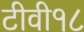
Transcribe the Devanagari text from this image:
टीवी१८